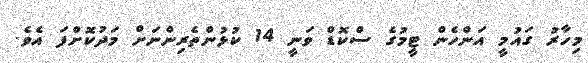
މިހާރު ގައުމީ އަންހެން ޓީމުގެ ސްކޮޑް ވަނީ 14 ކުޅުންތެރިންނަށް މަދުކޮށްފަ އެވެ.